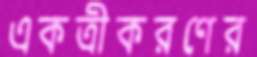
একত্রীকরণের